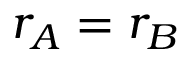
r _ { A } = r _ { B }